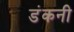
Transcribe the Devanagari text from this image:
डंकनी